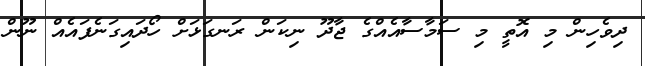
ދިވެހިން މި އޮތީ މި ސަމާސާއެއްގެ ޖާދޫ ނިކަން ރަނގަޅަށް ހޯދައިގަނެފައެއް ނޫން